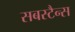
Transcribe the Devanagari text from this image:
सबस्टैन्स